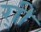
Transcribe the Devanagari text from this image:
र्‍ाी